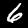
Label: 6